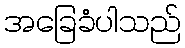
အခြေခံပါသည်